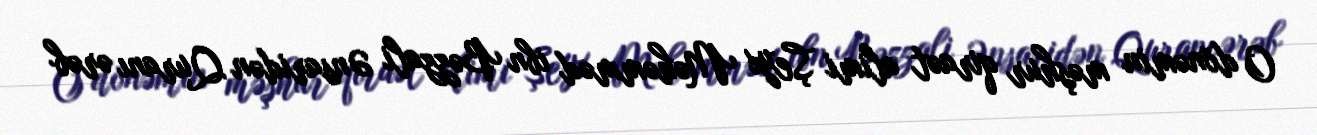
O dönəmin məşhur qiraət alimi Şeyx Məhəmməd ibn Bəzzali Ənsaridən Quranı ərəb